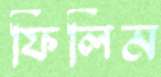
ফিলিম